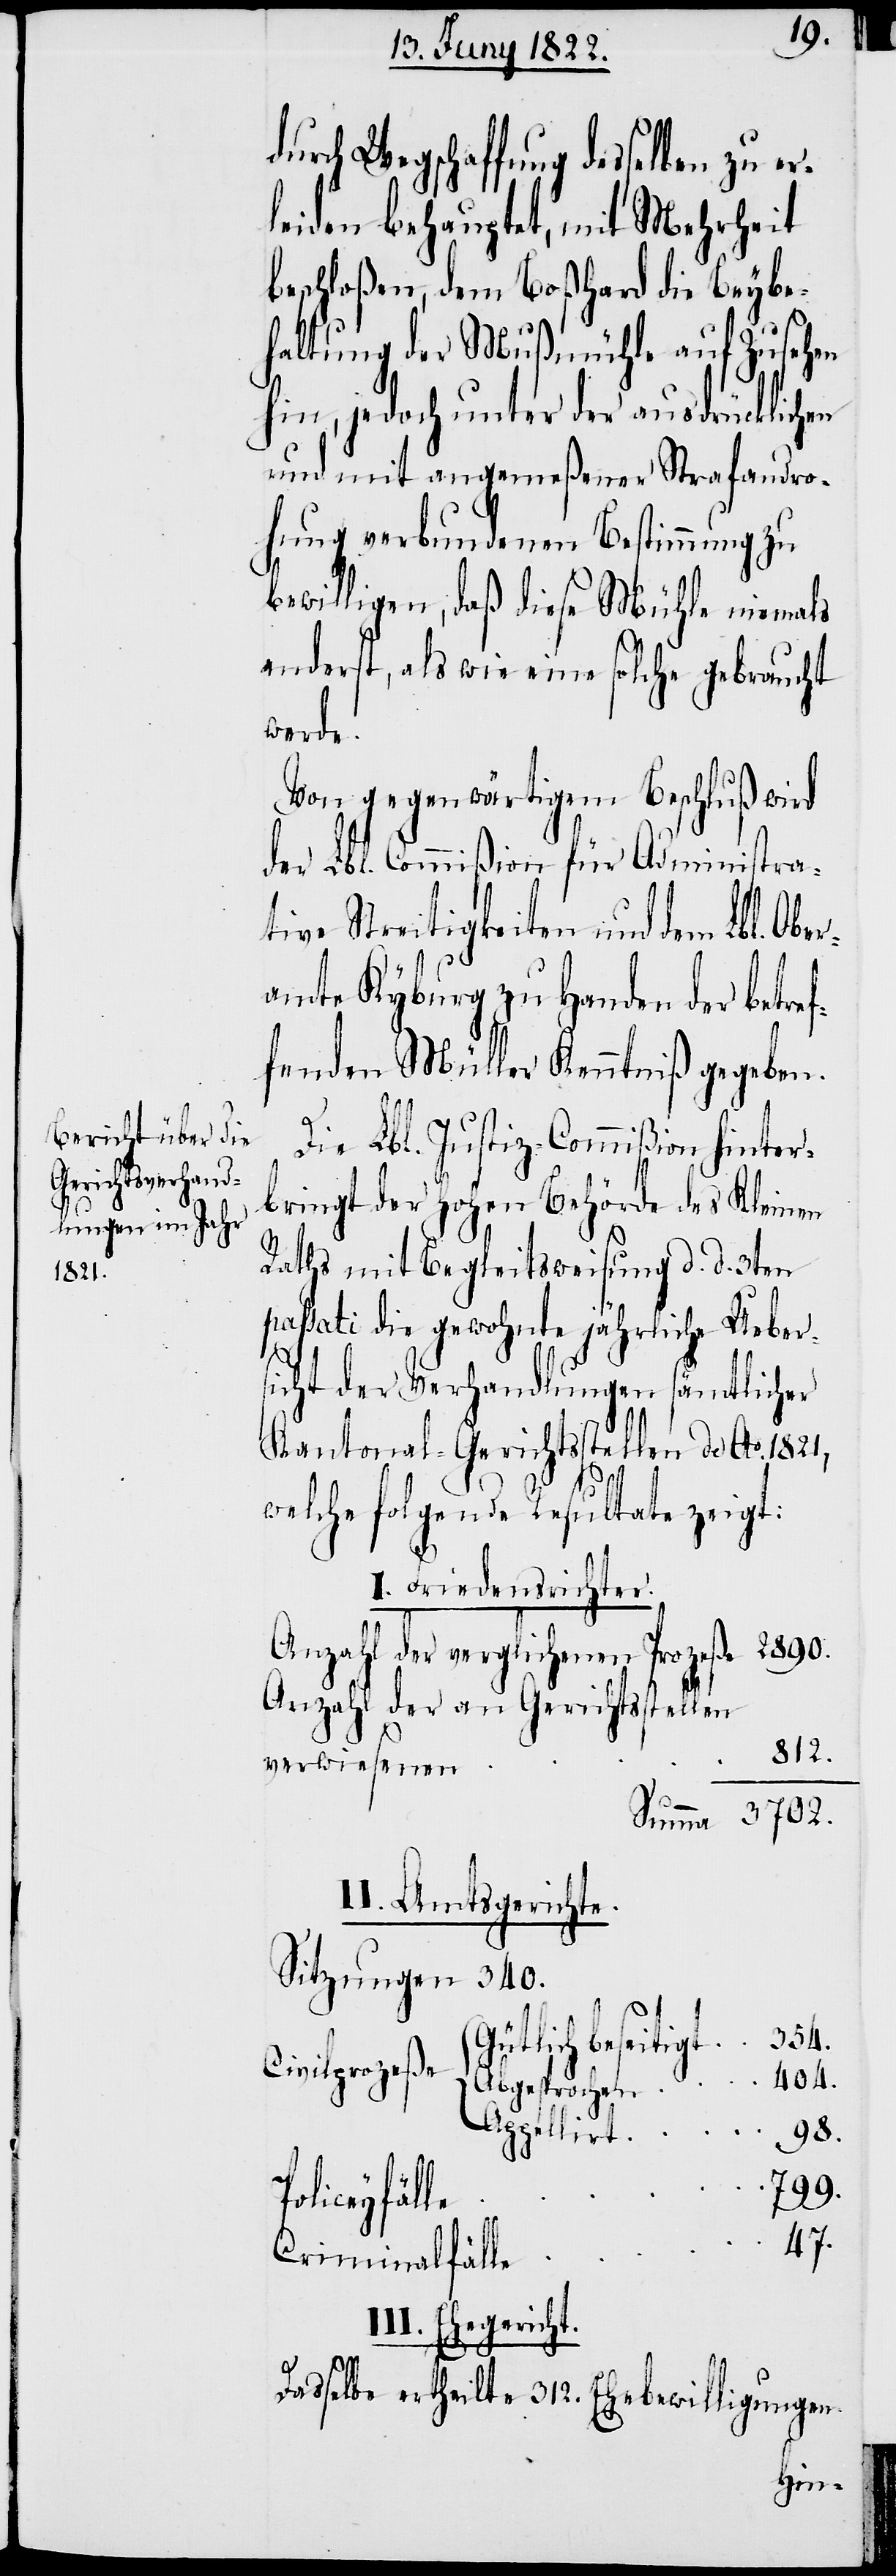
I¬
durch Wegschaffung desselben zu er¬
leiden behauptet, mit Mehrheit
beschloßen, dem Boßhard die Beybe¬
haltung der Mußmühle auf Zusehen
hin, jedoch unter der ausdrücklichen
und mit angemeßener Strafandro¬
hung verbundenen Bestimmung zu
bewilligen, daß die Mühle niemals
anderst, als wie eine solche gebraucht
werde.
Von gegenwärtigem Beschluß wird
der Lbl. Commißion für Administra¬
tive Streitigkeiten und dem Lbl. Obe¬
ramte Kyburg zu Handen der betref¬
fenden Müller Kenntniß gegeben.
Die Lbl. Justiz-Commißion hinter¬
bringt der Hohen Behörde des Kleinen
Raths mit Begleitsweisung d. d. 3ten
passati die gewohnte jährliche Ueber¬
sicht der Verhandlungen sämmtlicher
Kantonal-Gerichtsstellen de Ao. 1821,
welche folgende Resultate zeigt:
I. Friedensrichter.
Anzahl der verglichenen Prozeße					2890.
Anzahl der an Gerichtsstellen
812.
II. Amtsgerichte.
Sitzungen 340.
t	354.
Gütlich beseitig¬
Civilprozeße
Appellierrt
98.
47.
II. Ehegericht.
Dasselbe ertheilte 312. Ehebewilligungen